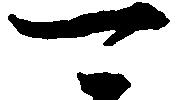
可